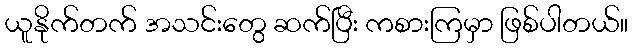
ယူနိုက်တက် အသင်းတွေ ဆက်ပြီး ကစားကြမှာ ဖြစ်ပါတယ်။